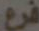
فرع